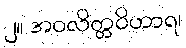
၂။ အဝလိတ္တဝိဟာရ၊